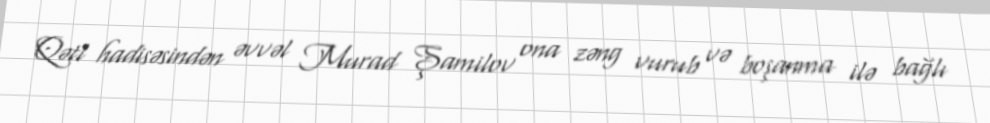
Qətl hadisəsindən əvvəl Murad Şamilov ona zəng vurub və boşanma ilə bağlı